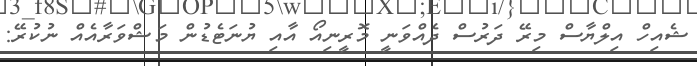
ޝެއިހް އިލްޔާސް މިރޭ ދަރުސް ދެއްވަނީ މޮރީނިއޯ އާއި ޔުނަޓެޑުން މަޝްވަރާއެއް ނުކުރޭ: